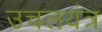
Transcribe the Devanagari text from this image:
उचलयंत्र